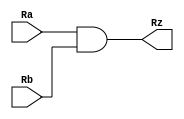
module and_32_bit(
    input wire[31:0]Ra,
    input wire[31:0]Rb,
    output wire[31:0]Rz
);

	assign Rz = Ra & Rb;

endmodule